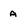
Character: a